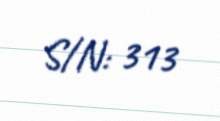
S/N: 313